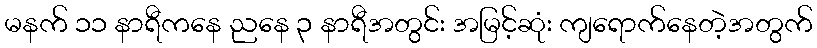
မနက် ၁၁ နာရီကနေ ညနေ ၃ နာရီအတွင်း အမြင့်ဆုံး ကျရောက်နေတဲ့အတွက်